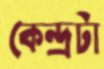
কেন্দ্রটা